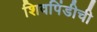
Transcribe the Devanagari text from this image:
शिवपिंडीची